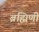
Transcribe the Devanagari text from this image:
ब्रह्मिणी